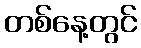
တစ်နေ့တွင်